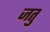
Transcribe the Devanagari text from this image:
जतु